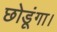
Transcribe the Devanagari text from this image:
छोडूंगा।